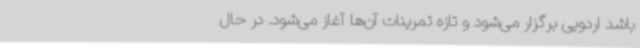
باشد اردویی برگزار می‌شود و تازه تمرینات آن‌ها آغاز می‌شود. در حال